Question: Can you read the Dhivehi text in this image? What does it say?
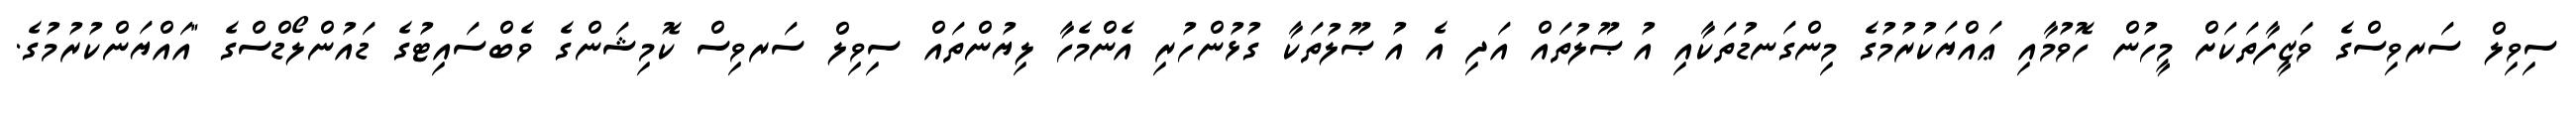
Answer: ސިވިލް ސަރވިސްގެ ވަޒީފާތަކަށް މީހުން ހޮވުމާއި ޢައްޔަކުރުމުގެ މިންގަނޑުތަކާއި އުޞޫލުތައް އަދި އެ އުޞޫލުތަކާ ގުޅުންހުރި އެންމެހާ ލިޔުންތައް ސިވިލް ސަރވިސް ކޮމިޝަންގެ ވެބްސައިޓުގެ ޑައުންލޯޑްސްގެ "އައްޔަންކުރުމުގެ.